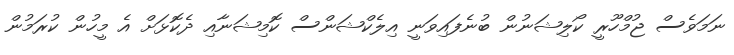
ނަމަވެސް ޖުމްހޫރީ ކޯލިޝަނުން ބުނެފައިވަނީ އިލެކްޝަންސް ކޮމިޝަނާއި ދެކޮޅަށް އެ މީހުން ކުރަމުން